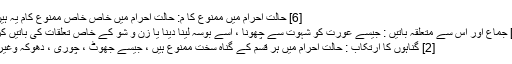
[6] حالت احرام میں ممنوع کا م: حالت احرام میں خاص خاص ممنوع کام یہ ہیں :
[1] جماع اور اس سے متعلقہ باتیں : جیسے عورت کو شہوت سے چھونا ، اسے بوسہ لینا دینا یا زن و شو کے خاص تعلقات کی باتیں کرنا
[2] گناہوں کا ارتکاب : حالت احرام میں ہر قسم کے گناہ سخت ممنوع ہیں ، جیسے جھوٹ ، چوری ، دھوکہ وغیرہ ۔